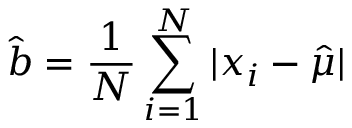
{ \hat { b } } = { \frac { 1 } { N } } \sum _ { i = 1 } ^ { N } | x _ { i } - { \hat { \mu } } |